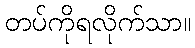
တပ်ကိုရလိုက်သာ။